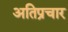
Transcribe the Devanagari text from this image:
अतिप्रचार